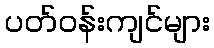
ပတ်ဝန်းကျင်များ